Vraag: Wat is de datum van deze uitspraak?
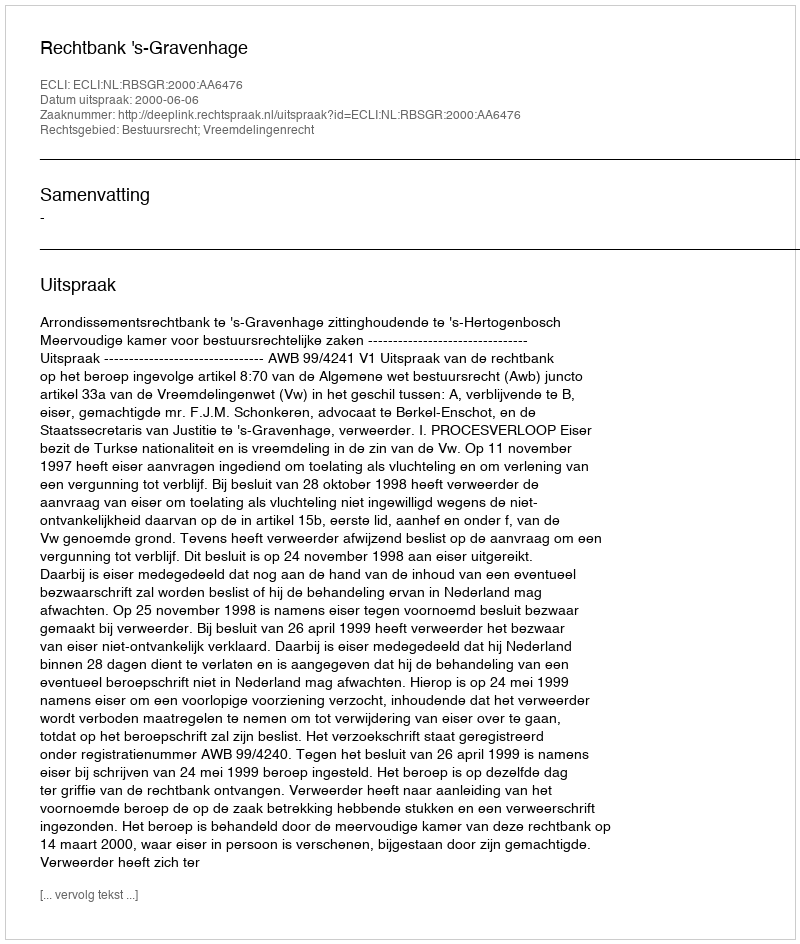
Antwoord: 2000-06-06